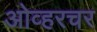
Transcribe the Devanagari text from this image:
ओव्हरचर